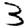
Digit: 3